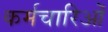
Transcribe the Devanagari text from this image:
कर्मचारिओं